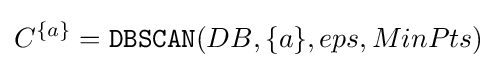
C^{\{a\}}={\mathtt {DBSCAN}}(DB,\{a\},eps,MinPts)\!